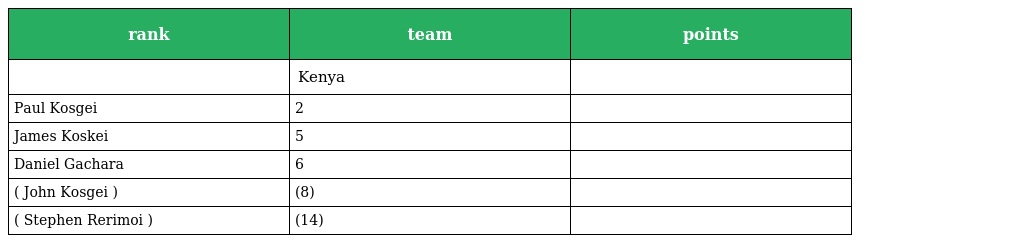
| rank | team | points |
 | --- | --- | --- |
 |  | Kenya |  |
 | Paul Kosgei | 2 |  |
 | James Koskei | 5 |  |
 | Daniel Gachara | 6 |  |
 | ( John Kosgei ) | (8) |  |
 | ( Stephen Rerimoi ) | (14) |  |